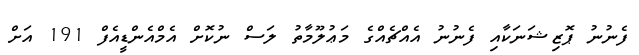
ފެނުނު ޕޮޒިޝަނަކާއި ފެނުނު އެއްޗެއްގެ މަޢުލޫމާތު ލަސް ނުކޮށް އެމްއެންޑީއެފް 191 އަށް